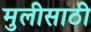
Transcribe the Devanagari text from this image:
मुलीसाठी